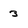
Character: 3